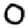
Digit: 0